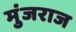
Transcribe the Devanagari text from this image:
मुंजराज